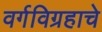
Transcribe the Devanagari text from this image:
वर्गविग्रहाचे